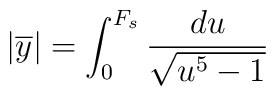
|\overline{y}|=\int_0^{F_s}\frac{du}{\sqrt{u^5-1}}